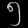
Digit: ၅